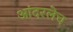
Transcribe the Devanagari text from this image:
आंदरलेच